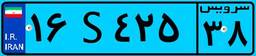
۱۶S۴۲۵۳۸